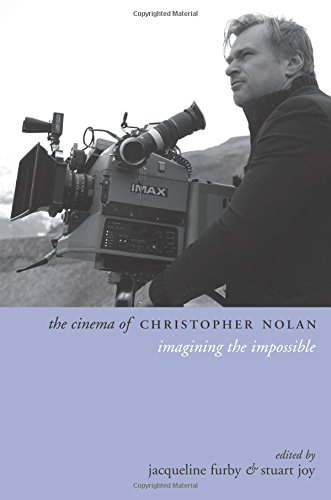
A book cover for The Cinema of Christopher Nolan: Imagining the Impossible (Directors' Cuts); Humor & Entertainment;